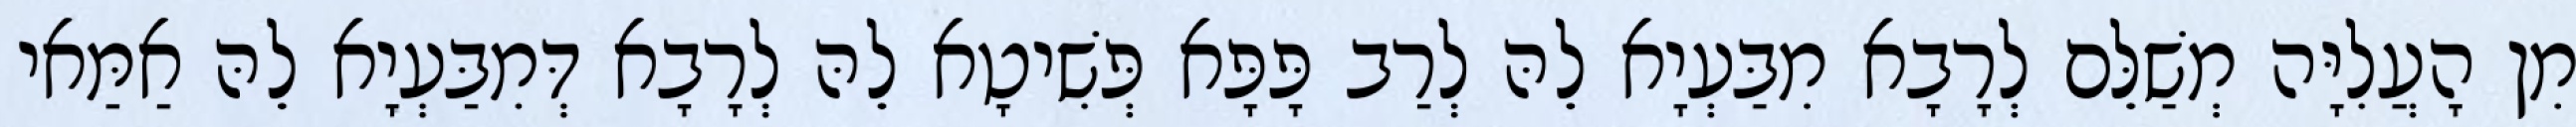
מִן הָעֲלִיָּה מְשַׁלֵּם לְרָבָא מִבַּעְיָא לֵהּ לְרַב פָּפָּא פְּשִׁיטָא לֵהּ לְרָבָא דְּמִבַּעְיָא לֵהּ אַמַּאי